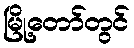
မြို့တော်တွင်